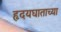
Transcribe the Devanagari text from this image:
हृदयघाताच्या